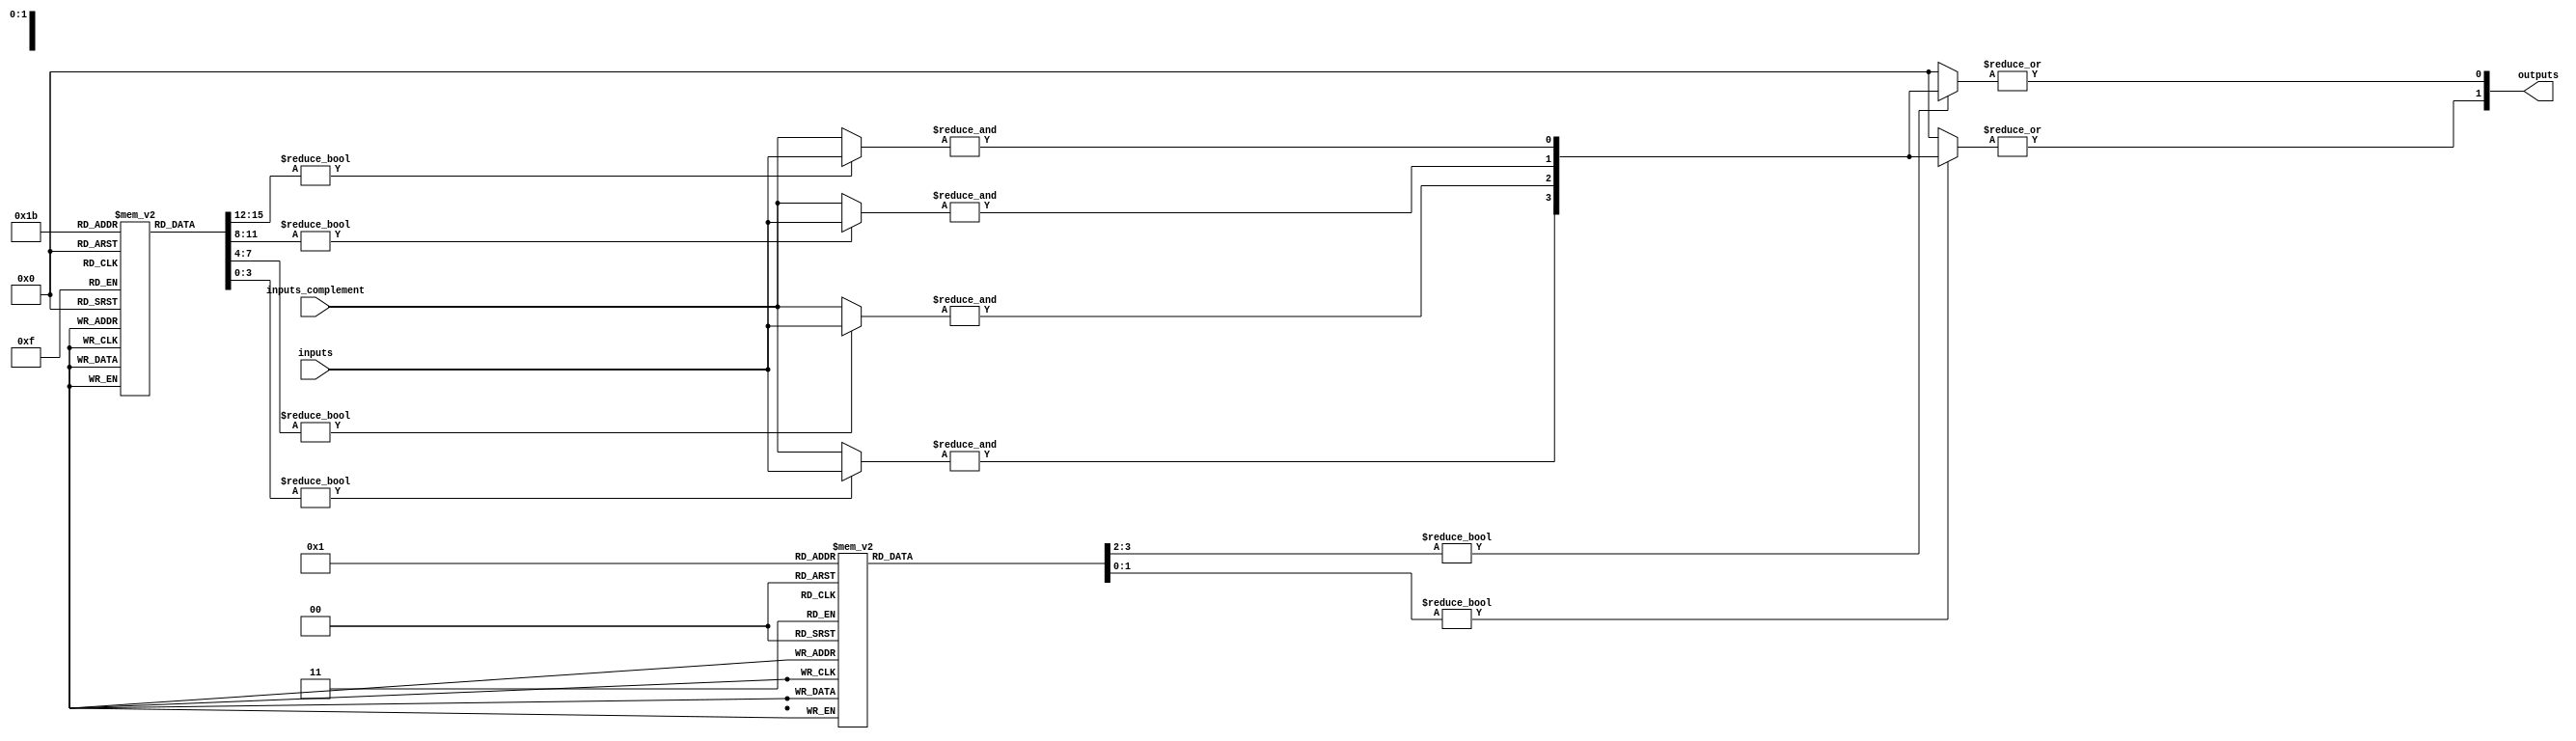
module fuse_based_PLA (
    input wire [N-1:0] inputs,         // Input stage
    input wire [N-1:0] inputs_complement, // Complement inputs
    output wire [M-1:0] outputs        // Output stage
);
    parameter N = 4;  // Number of inputs
    parameter M = 2;  // Number of outputs
    parameter P = 4;  // Number of AND gates (product terms)

    // Programmable fuses for AND plane (P x N)
    reg [P-1:0] and_fuses [N-1:0]; // Each AND gate can connect to any input or its complement

    // Programmable fuses for OR plane (M x P)
    reg [M-1:0] or_fuses [P-1:0]; // Each output can connect to any AND gate

    // Intermediate signals for AND gates
    wire [P-1:0] and_outputs;

    // AND plane logic
    genvar i, j;
    generate
        for (i = 0; i < P; i = i + 1) begin : and_plane
            assign and_outputs[i] = &({and_fuses[i][N-1:0] ? inputs : inputs_complement}); // AND gate logic
        end
    endgenerate

    // OR plane logic
    generate
        for (j = 0; j < M; j = j + 1) begin : or_plane
            assign outputs[j] = |(or_fuses[j] ? and_outputs : 1'b0); // OR gate logic
        end
    endgenerate

    // Initialization of fuses (for simulation purposes)
    initial begin
        // Example fuse programming for AND gates
        // and_fuses[i][j] = 1 means connect input j to AND gate i
        and_fuses[0] = 4'b1000; // Connect input 0 to AND gate 0
        and_fuses[1] = 4'b0100; // Connect input 1 to AND gate 1
        and_fuses[2] = 4'b0010; // Connect input 2 to AND gate 2
        and_fuses[3] = 4'b0001; // Connect input 3 to AND gate 3

        // Example fuse programming for OR gates
        or_fuses[0] = 4'b1100; // Connect AND gates 0 and 1 to output 0
        or_fuses[1] = 4'b0011; // Connect AND gates 2 and 3 to output 1
    end

endmodule